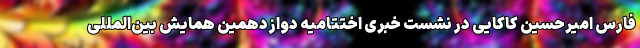
فارس امیرحسین کاکایی در نشست خبری اختتامیه دوازدهمین همایش بین‌المللی